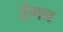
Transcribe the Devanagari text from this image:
र्ड्रगन